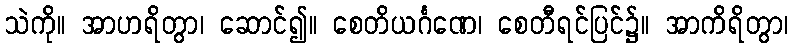
သဲကို။ အာဟရိတွာ၊ ဆောင်၍။ စေတိယင်္ဂဏေ၊ စေတီရင်ပြင်၌။ အာကိရိတွာ၊